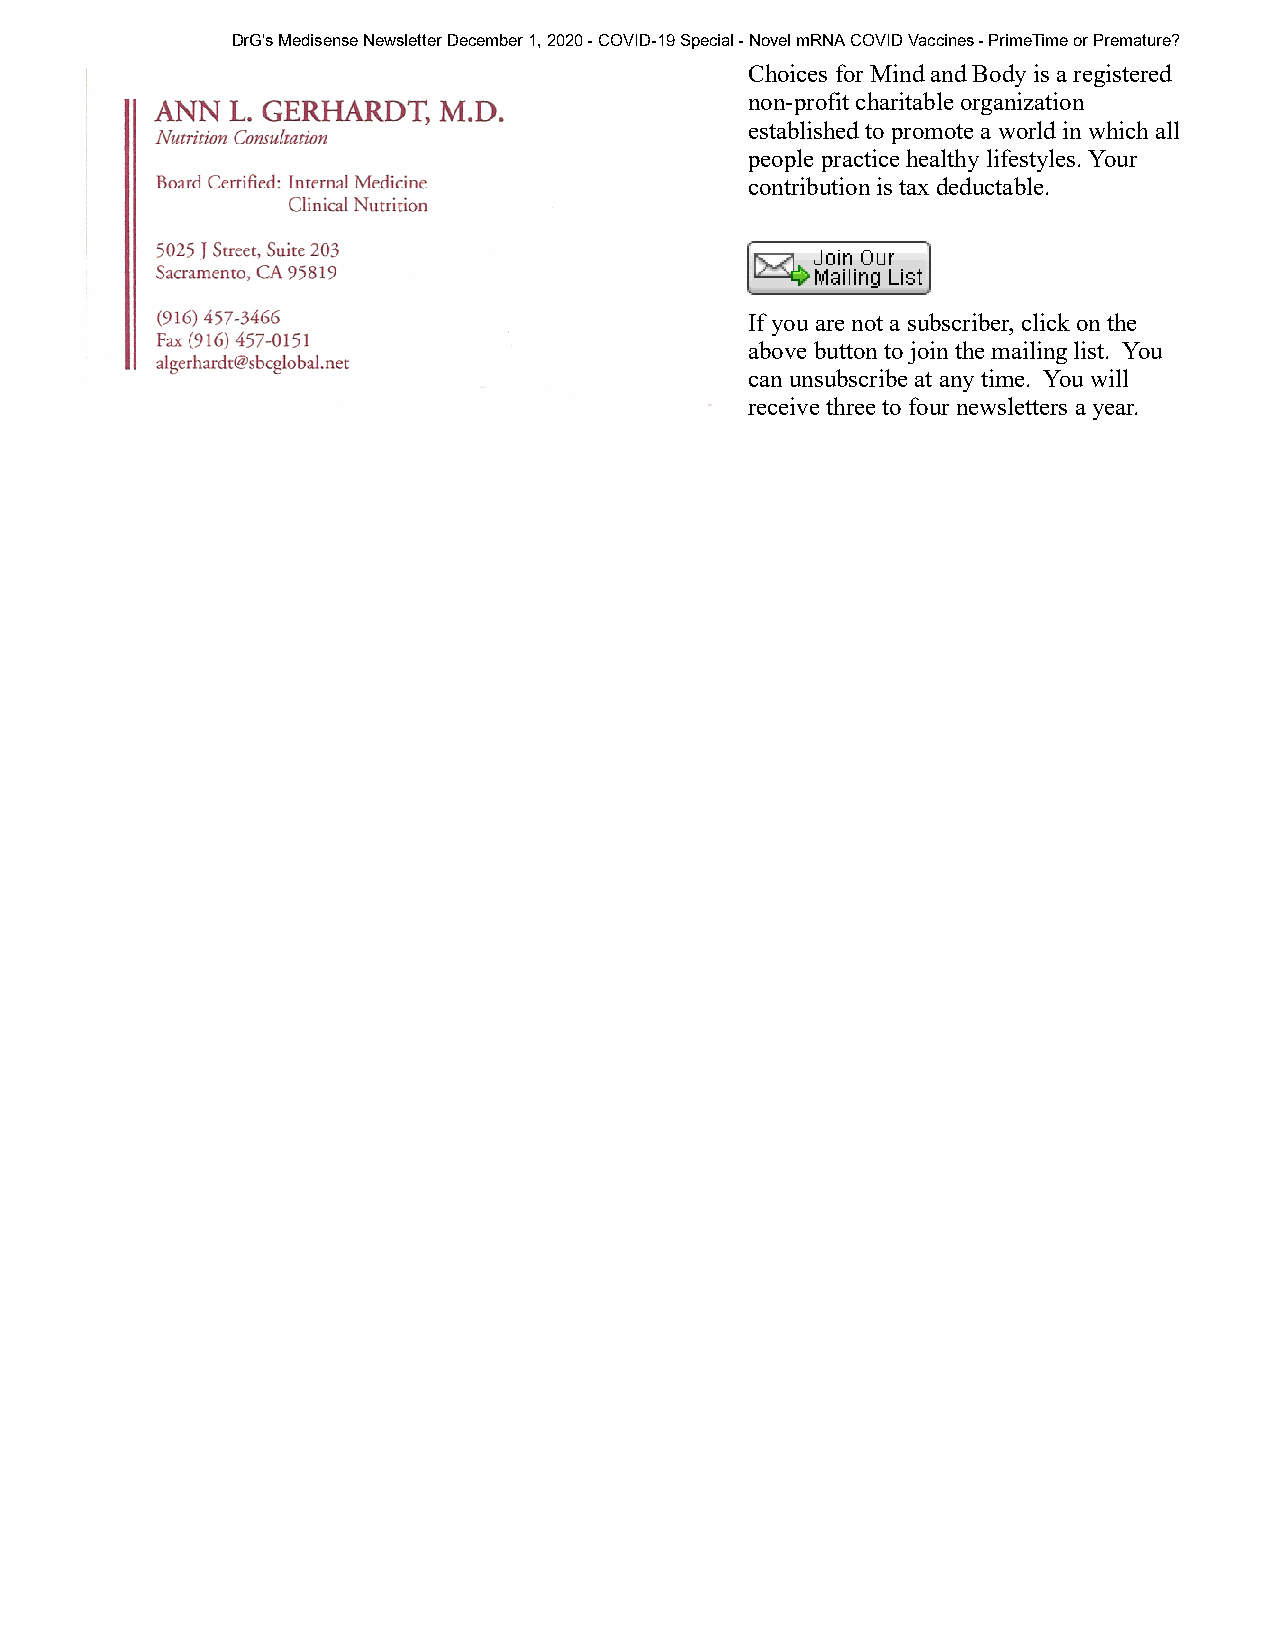
DrG's Medisense Newsletter December 1, 2020 - COVID-19 Special - Novel mRNA COVID Vaccines - PrimeTime or Premature?
 Choices for Mind and Body is a registered
 non-profit charitable organization
 established to promote a world in which all
 people practice healthy lifestyles. Your
 contribution is tax deductable.
 If you are not a subscriber, click on the
 above button to join the mailing list. You
 can unsubscribe at any time. You will
 receive three to four newsletters a year.